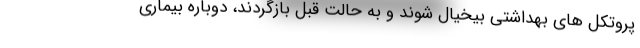
پروتکل های بهداشتی بیخیال شوند و به حالت قبل بازگردند، دوباره بیماری